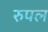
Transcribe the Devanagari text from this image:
रुपल